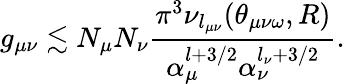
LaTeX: g_{\mu\nu}\lesssim N_{\mu}N_{\nu}\frac{\pi^{3}\nu_{l_{\mu\nu}}(\theta_{\mu\nu\omega},R)}{\alpha_{\mu}^{l+3/2}\alpha_{\nu}^{l_{\nu}+3/2}}.